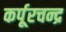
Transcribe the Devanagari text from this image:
कर्पूरचन्द्र